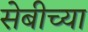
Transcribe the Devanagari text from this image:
सेबीच्या